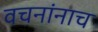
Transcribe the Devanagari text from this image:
वचनांनाच